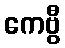
ကေဗွီ